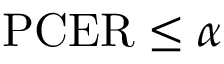
\mathrm { P C E R } \leq \alpha